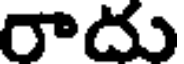
రాదు